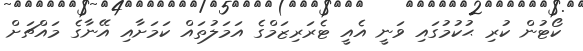
ކޯޓުން ކުރި ޙުކުމުގައި ވަނީ އެއީ ޓެރަރިޒަމްގެ އަމަލުތައް ކަމަށާއި އޭނާގެ މައްޗަށް